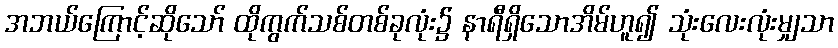
အဘယ်ကြောင့်ဆိုသော် ထိုကွက်သစ်တစ်ခုလုံး၌ နာရီရှိသောအိမ်ဟူ၍ သုံးလေးလုံးမျှသာ